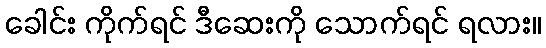
ခေါင်း ကိုက်ရင် ဒီဆေးကို သောက်ရင် ရလား။